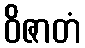
ဝိဇာတံ